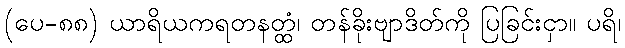
(ပေ-၈၈) ယာရိယကရတနတ္ထံ၊ တန်ခိုးဗျာဒိတ်ကို ပြခြင်းငှာ။ ပရိ၊